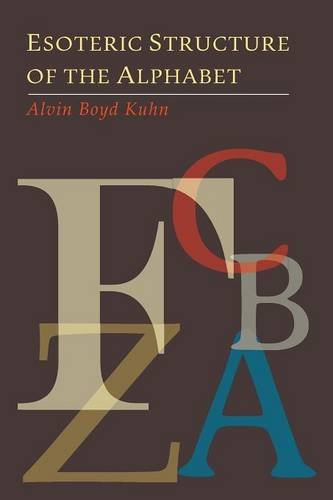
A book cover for Esoteric Structure of the Alphabet; Alvin Boyd Kuhn; Mystery, Thriller & Suspense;